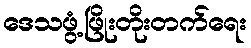
ဒေသဖွံ့ဖြိုးတိုးတက်ရေး